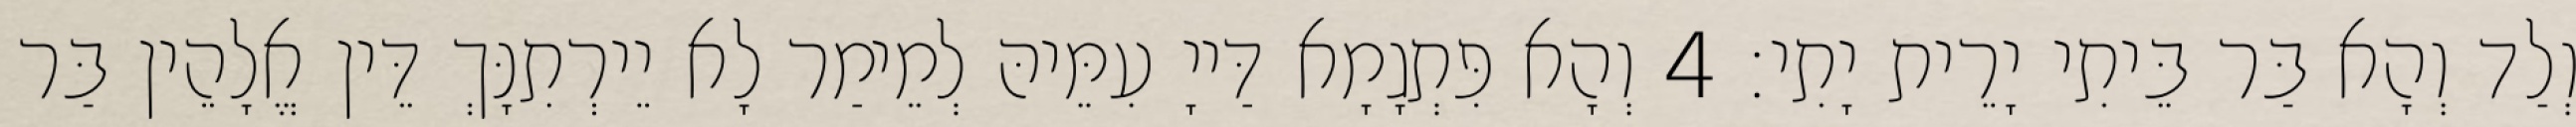
וְלַד וְהָא בַּר בֵּיתִי יָרֵית יָתִי׃ 4 וְהָא פִּתְגָמָא דַּייָ עִמֵּיהּ לְמֵימַר לָא יֵירְתִנָּךְ דֵּין אֱלָהֵין בַּר